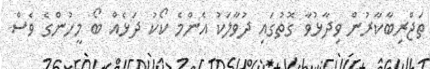
ތަޖްރިބާކާރުން ވިދާޅުވާ ގޮތުގައި ދުވާލަކު އެންމެ ކޯކު ދަޅެއް ބޯ މީހުންގެ ވެސް